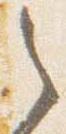
之